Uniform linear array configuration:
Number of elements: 4
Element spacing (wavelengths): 0.75
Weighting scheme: cosine
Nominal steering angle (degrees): -45
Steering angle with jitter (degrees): -43.786
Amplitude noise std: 0.05
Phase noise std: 0.05

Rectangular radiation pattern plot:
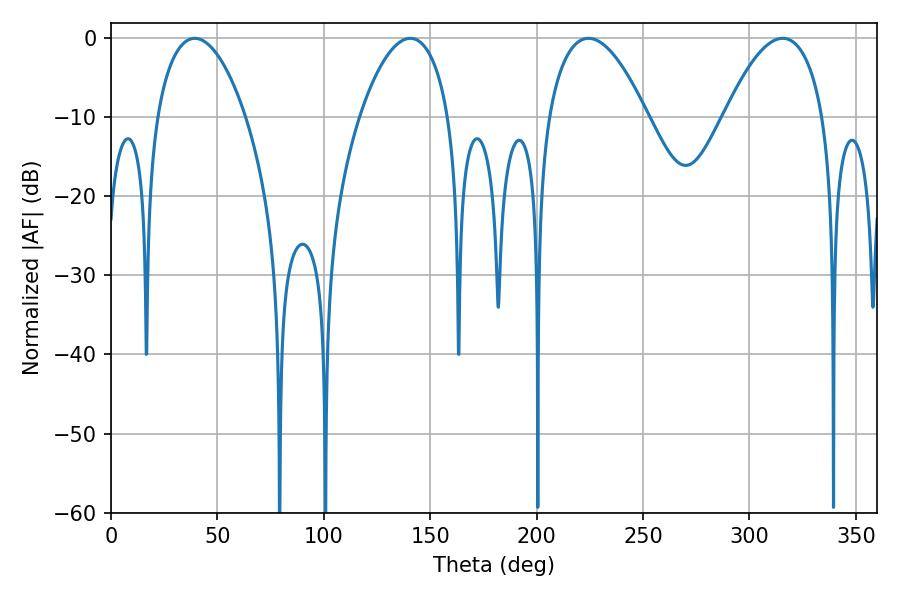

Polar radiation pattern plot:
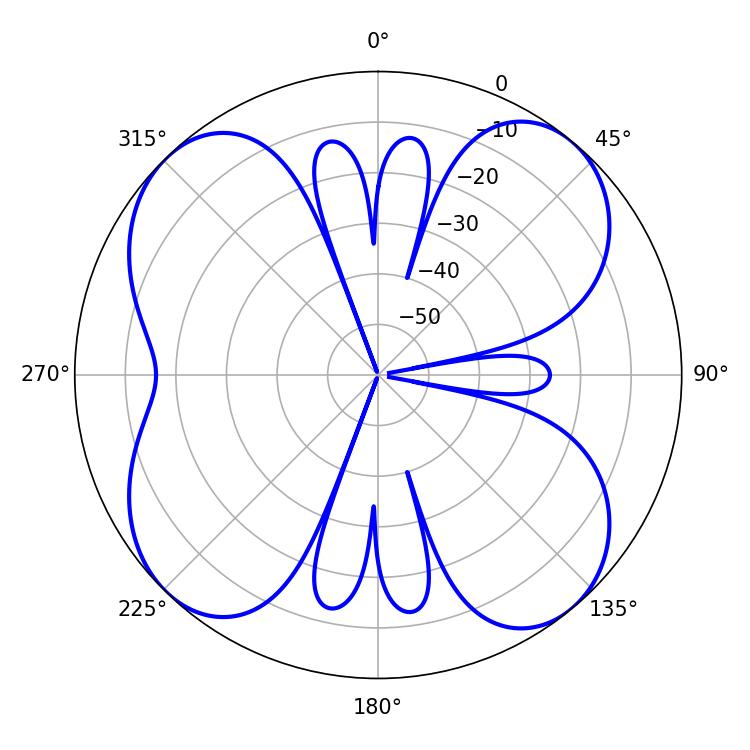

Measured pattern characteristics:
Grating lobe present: TRUE
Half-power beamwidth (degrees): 23.58
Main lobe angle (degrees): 39.42